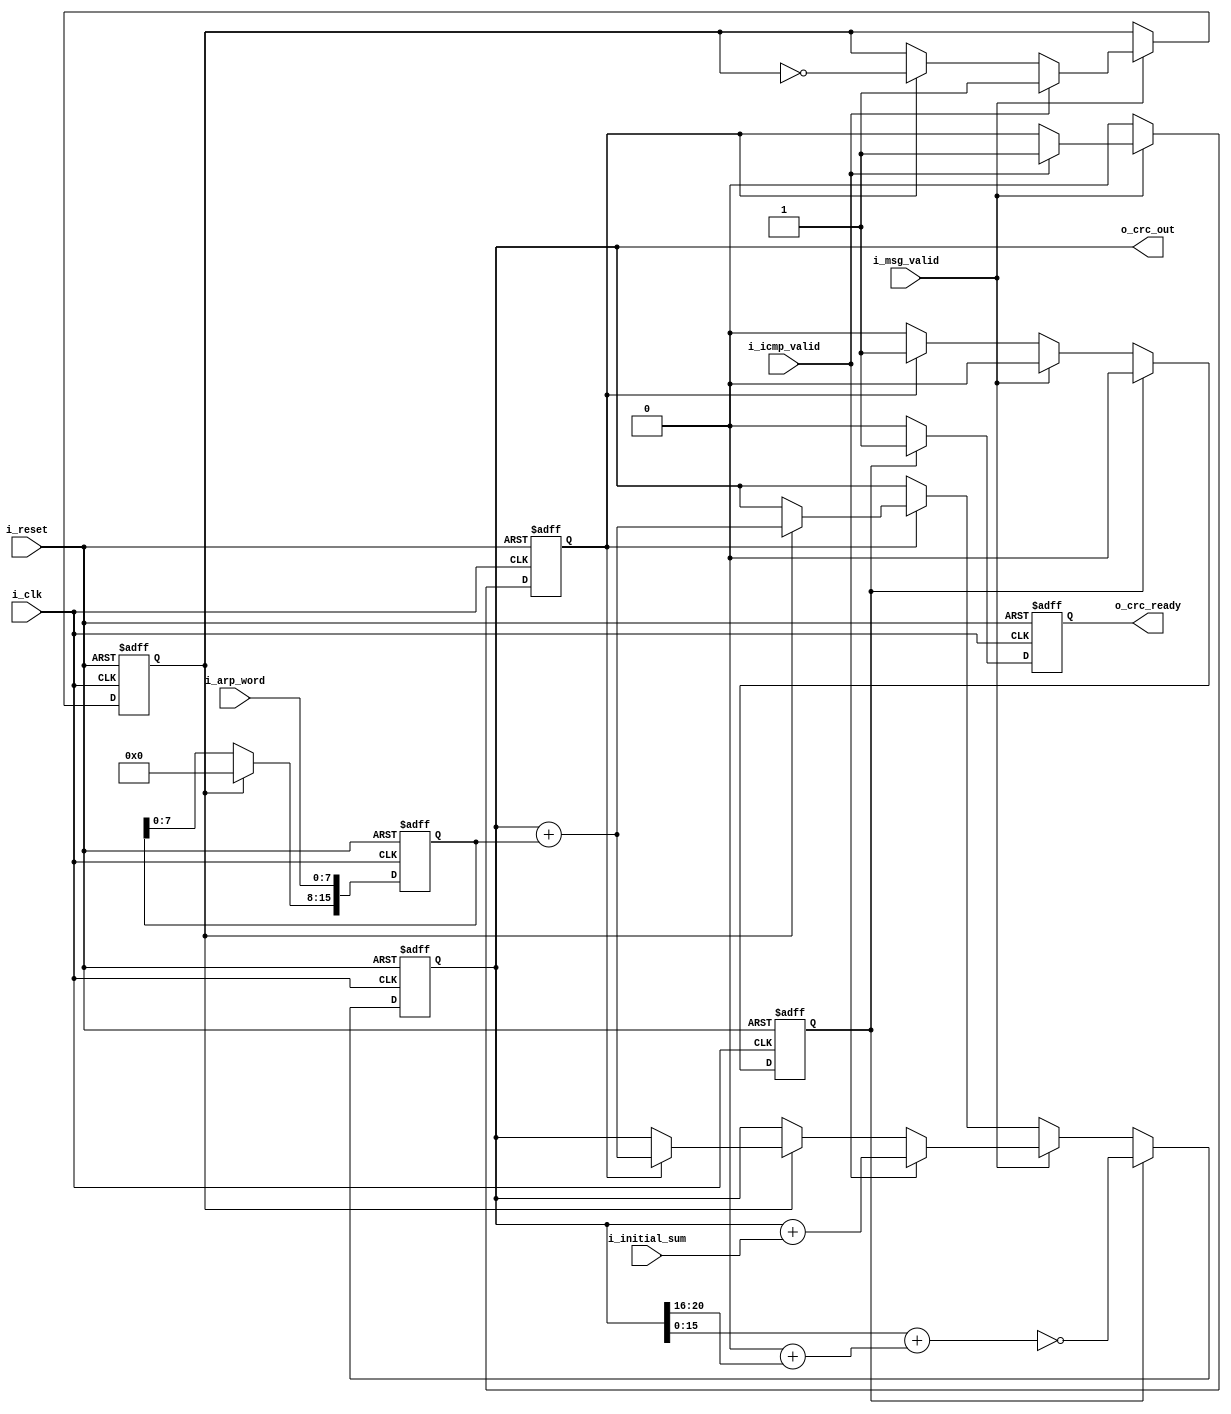
module tb_crc_icmp_calc(
	input 				i_clk,
	input 				i_reset,
	input 				i_icmp_valid,	// 1 clk impulse
	input 			 	i_msg_valid,
	input 		[7:0] 	i_arp_word,
	input 		[20:0] 	i_initial_sum,
	output reg	[20:0] 	o_crc_out,
	output reg 			o_crc_ready			// 1 clk impulse
);
	reg [15:0] 	i_arp_word_r;
	reg 		_switch;
	reg 		_start;
	reg 		_end;
	
	initial begin
		o_crc_out 		<= 0;
		o_crc_ready 	<= 0;
		i_arp_word_r 	<= 0;
		_switch 		<= 0;
		_start 			<= 0;
		_end 			<= 0;
	end
	
	always @(posedge i_clk, posedge i_reset) begin
		if (i_reset) begin
			o_crc_out 		<= 0;
			o_crc_ready 	<= 0;
			i_arp_word_r 	<= 0;
			_switch 		<= 0;
			_start 			<= 0;
			_end 			<= 0;
		end else begin 
			if (_switch)
				i_arp_word_r[15:0] 	<= {{8{1'b0}}, i_arp_word};
			else begin
				i_arp_word_r 		<= i_arp_word_r << 8;
				i_arp_word_r[7:0]	<= i_arp_word;
			end
			
			if (i_msg_valid) begin
				if (i_icmp_valid) begin
					o_crc_out 	<= o_crc_out + i_initial_sum;
					_start 		<= 1;
					_switch 	<= 1;
				end else begin
					_switch 		<= _start ? ~_switch : _switch;
					if (_switch) begin
						o_crc_out	<= _start ? (o_crc_out + i_arp_word_r): o_crc_out;
					end
				end
			end else if (_start) begin
				o_crc_out		<= _switch ? (o_crc_out + i_arp_word_r): o_crc_out;
				_start 			<= 0;
				_end 			<= 1;
			end
			
			if (_end) begin
				o_crc_out 	<= ~(o_crc_out[15:0] + {{11{1'b0}} + o_crc_out[20:16]});
				o_crc_ready <= 1;
				_end 		<= 0;
			end else begin
				o_crc_ready <= 0;
			end
		end
	end
endmodule